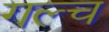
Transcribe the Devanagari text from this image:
गल्च